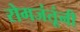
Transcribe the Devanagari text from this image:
रोगजंतूंनी